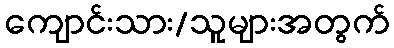
ကျောင်းသား/သူများအတွက်